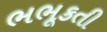
ભભૂકતી